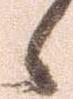
候